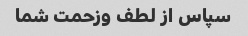
سپاس از لطف وزحمت شما